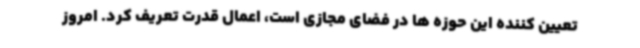
تعیین کننده این حوزه ها در فضای مجازی است، اعمال قدرت تعریف کرد. امروز